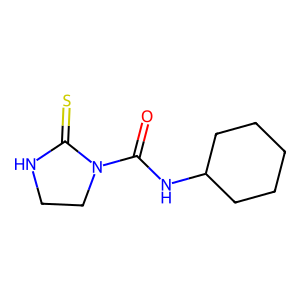
SMILES: O=C(NC1CCCCC1)N1CCNC1=S
Inhibits HIV replication: No